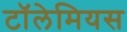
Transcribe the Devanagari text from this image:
टॉलेमियस